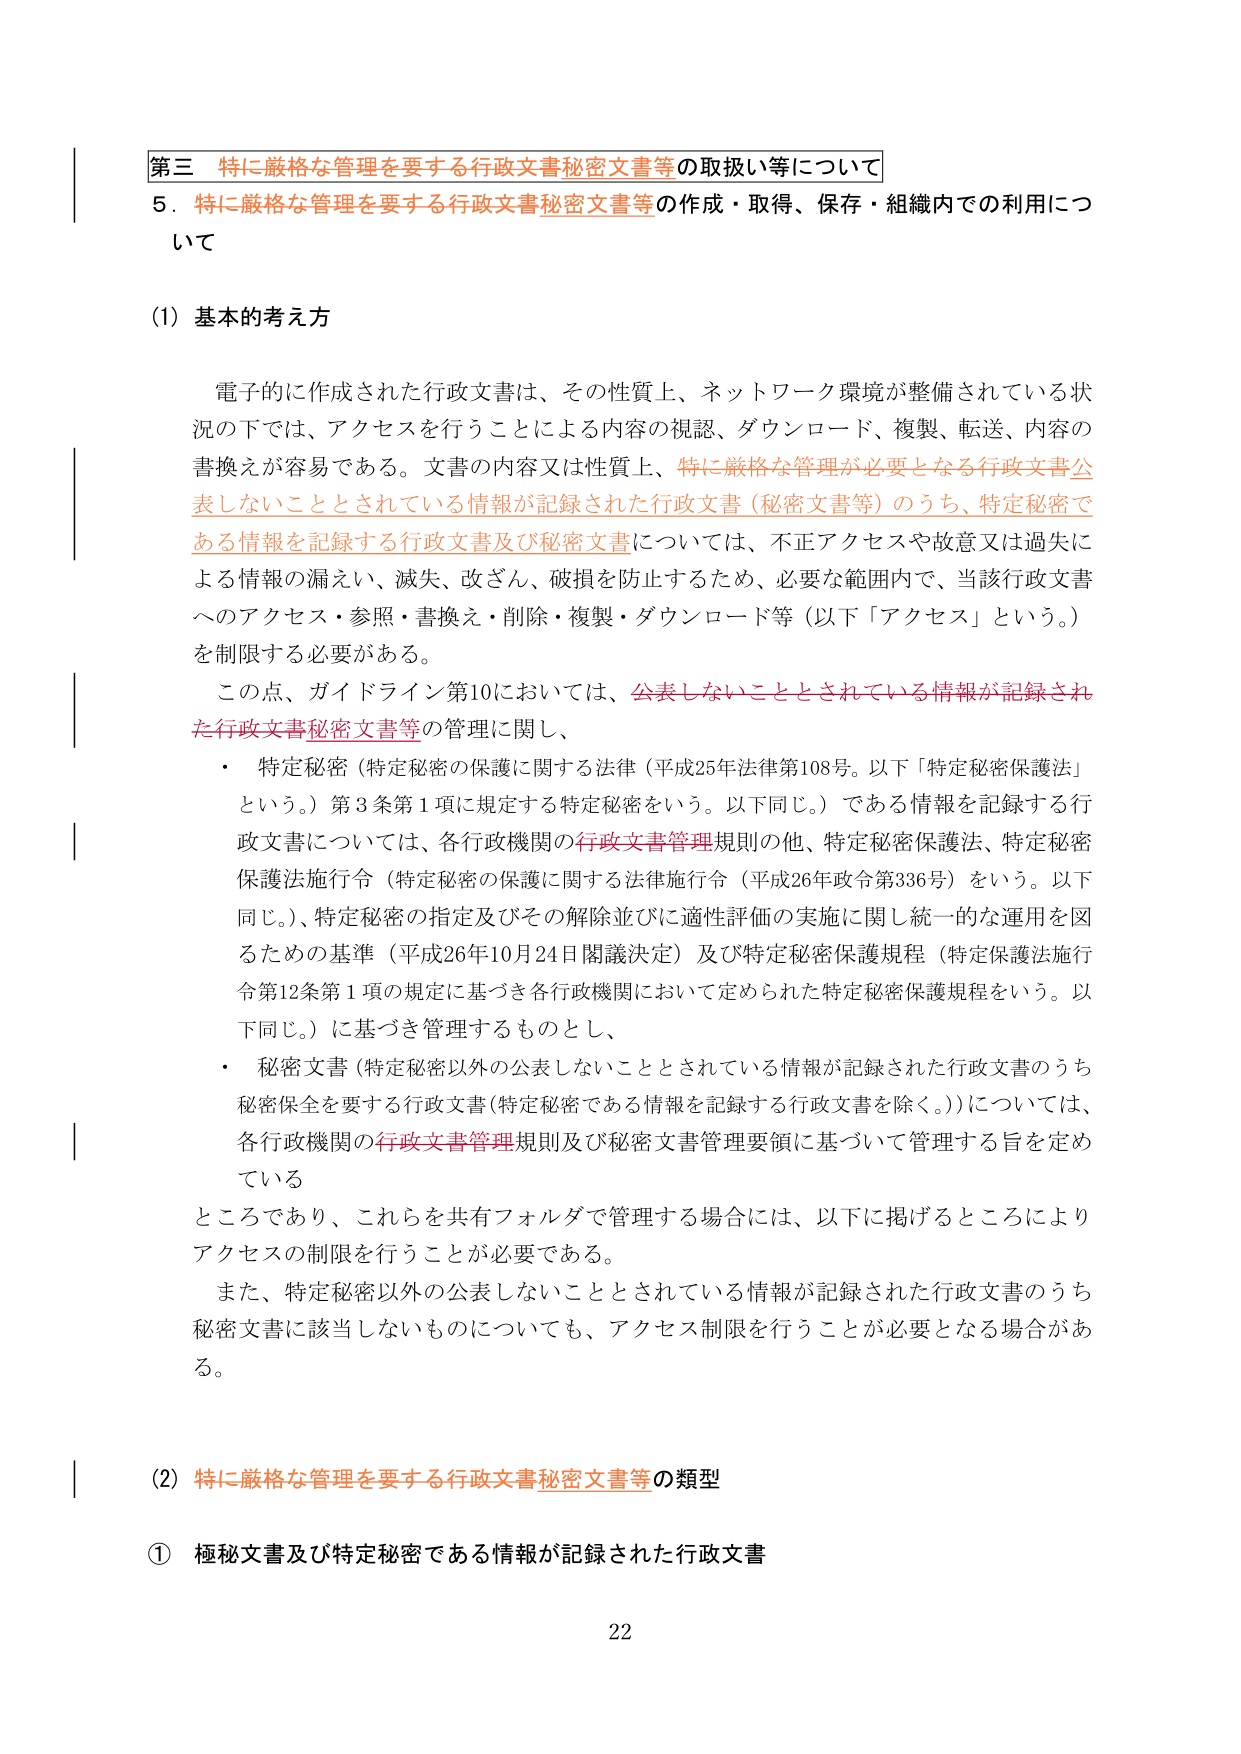
第三 特に厳格な管理を要する行政文書秘密文書等の取扱い等について
5．特に厳格な管理を要する行政文書秘密文書等の作成・取得、保存・組織内での利用について

(1) 基本的考え方

電子的に作成された行政文書は、その性質上、ネットワーク環境が整備されている状況の下では、アクセスを行うことによる内容の視認、ダウンロード、複製、転送、内容の書換えが容易である。文書の内容又は性質上、特に厳格な管理が必要となる行政文書公表しないこととされている情報が記録された行政文書（秘密文書等）のうち、特定秘密である情報を記録する行政文書及び秘密文書については、不正アクセスや故意又は過失による情報の漏えい、滅失、改ざん、破損を防止するため、必要な範囲内で、当該行政文書へのアクセス・参照・書換え・削除・複製・ダウンロード等（以下「アクセス」という。）を制限する必要がある。

この点、ガイドライン第10においては、公表しないこととされている情報が記録された行政文書秘密文書等の管理に関し、
・ 特定秘密（特定秘密の保護に関する法律（平成25年法律第108号。以下「特定秘密保護法」という。）第3条第1項に規定する特定秘密をいう。以下同じ。）である情報を記録する行政文書については、各行政機関の行政文書管理規則の他、特定秘密保護法、特定秘密保護法施行令（特定秘密の保護に関する法律施行令（平成26年政令第336号）をいう。以下同じ。）、特定秘密の指定及びその解除並びに適性評価の実施に関し統一的な運用を図るための基準（平成26年10月24日閣議決定）及び特定秘密保護規程（特定保護法施行令第12条第1項の規定に基づき各行政機関において定められた特定秘密保護規程をいう。以下同じ。）に基づき管理するものとし、
・ 秘密文書（特定秘密以外の公表しないこととされている情報が記録された行政文書のうち秘密保全を要する行政文書（特定秘密である情報を記録する行政文書を除く。））については、各行政機関の行政文書管理規則及び秘密文書管理要領に基づいて管理する旨を定めている

ところであり、これらを共有フォルダで管理する場合には、以下に掲げるところによりアクセスの制限を行うことが必要である。

また、特定秘密以外の公表しないこととされている情報が記録された行政文書のうち秘密文書に該当しないものについても、アクセス制限を行うことが必要となる場合がある。

(2) 特に厳格な管理を要する行政文書秘密文書等の類型

① 極秘文書及び特定秘密である情報が記録された行政文書

22